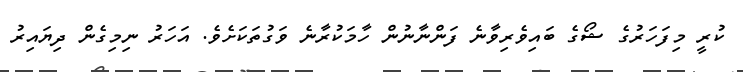
ކުރީ މިފަހަރުގެ ޝޯގެ ބައިވެރިވާނެ ފަންނާނުން ހާމަކުރާނެ ވަގުތަކަށެވެ. އަހަރު ނިމިގެން ދިޔައިރު